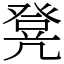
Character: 凳